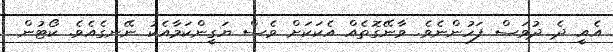
އެއީ ދެ ދުވަސް ފަހުންނެވެ. ވާނޭގޮތެއް އެކަކަށް ވެސް ޔަގީންކަމާއެކު ނޭނގެއެވެ. ކޯޓުން